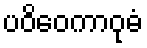
ပဝိဝေကာဝုဓံ